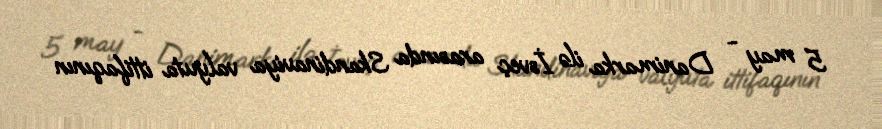
5 may - Danimarka ilə İsveç arasında Skandinaviya valyuta ittifaqının